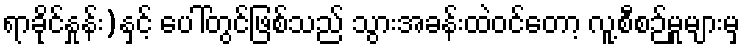
ရာခိုင်နှုန်း)နှင့် ပေါ်တွင်ဖြစ်သည် သွားအခန်းထဲဝင်တော့ လူ့စီစဉ်မှုများမှ